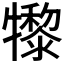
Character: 𤛼